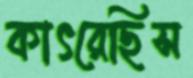
কাৎরেছিস